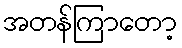
အတန်ကြာတော့